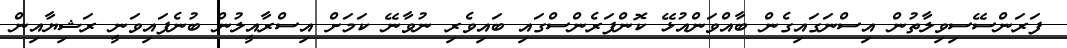
ފަރަންސޭސިވިލާތުން އިސްނަގައިގެން ބާއްވަންއުޅޭ ކޮންފަރެންސްގައި ބައިވެރި ނުވާނޭ ކަމަށް އިސްރާއީލުން ބުނެފައިވަނީ ރަޝިޔާއިން